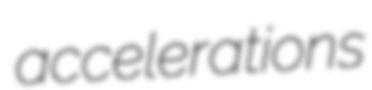
accelerations